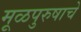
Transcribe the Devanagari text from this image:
मूळपुरुषाचे